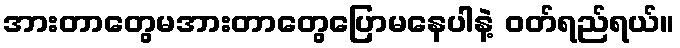
အားတာတွေမအားတာတွေပြောမနေပါနဲ့ ဝတ်ရည်ရယ်။